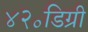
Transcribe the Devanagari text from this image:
४२॰डिग्री